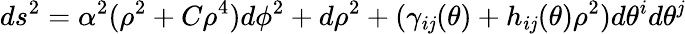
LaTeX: ds^{2}=\alpha^{2}(\rho^{2}+C\rho^{4})d\phi^{2}+d\rho^{2}+(\gamma_{i\mathit{j}}(\theta)+h_{i\mathit{j}}(\theta)\rho^{2})d\theta^{i}d\theta^{\mathit{j}}